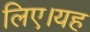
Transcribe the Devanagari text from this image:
लिए।यह